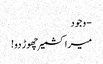
- وجود
میرا کشمیر چھوڑ دو!